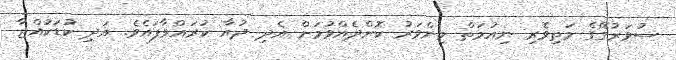
ސުވަރުގޭގެ މަތިވެރި ނިއުމަތް މިންވަރު ކޮށްދެއްވުމަށް އެދި ދުއާ ކުރައްވާފައެވެ. އަދި ކުޑަކުއްޖާ